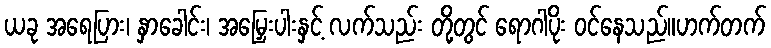
ယခု အရေပြား၊ နှာခေါင်း၊ အမြှေးပါးနှင့် လက်သည်း တို့တွင် ရောဂါပိုး ဝင်နေသည်။ဟက်တက်